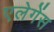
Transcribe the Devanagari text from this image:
एलेगेंस